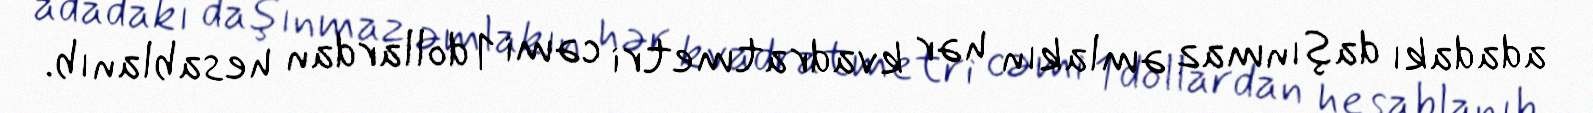
adadakı daşınmaz əmlakın hər kvadratmetri cəmi 1 dollardan hesablanıb.